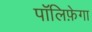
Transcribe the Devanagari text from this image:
पॉलिफ़ेगा